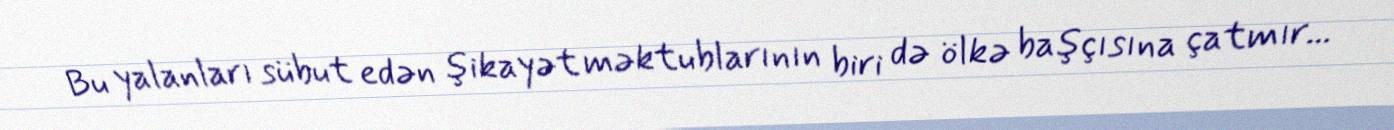
Bu yalanları sübut edən şikayət məktublarının biri də ölkə başçısına çatmır...